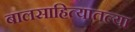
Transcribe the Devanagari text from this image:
बालसाहित्यातल्या